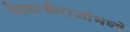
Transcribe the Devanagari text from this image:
शिवाजीराजांमध्ये